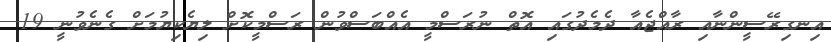
އިނގިރޭސީންނާއި ރާއްޖެއާ ދެމެދުގައި އޮތް ނުރަސްމީ އެއްބަސްވުން ރަސްމީކޮށް ލިޔެކިޔުމަށް ގެނެވުނީ 19